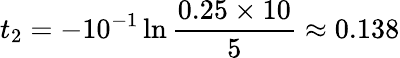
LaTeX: t_{2}=-10^{-1}\ln{\frac{0.25\times 10}{5}}\approx 0.138